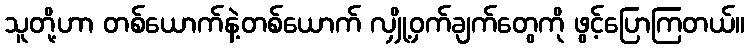
သူတို့ဟာ တစ်ယောက်နဲ့တစ်ယောက် လျှို့ဝှက်ချက်တွေကို ဖွင့်ပြောကြတယ်။